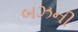
બઝની